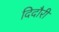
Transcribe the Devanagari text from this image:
दिदौरी